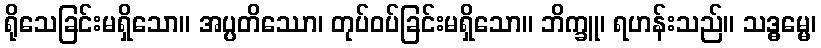
ရိုသေခြင်းမရှိသော။ အပ္ပတိဿော၊ တုပ်ဝပ်ခြင်းမရှိသော။ ဘိက္ခူ၊ ရဟန်းသည်။ သဒ္ဓမ္မေ၊